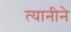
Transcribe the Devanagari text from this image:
त्यानीने